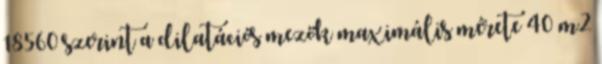
18560 szerint a dilatációs mezők maximális mérete 40 m2